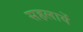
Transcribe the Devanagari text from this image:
सहलायें